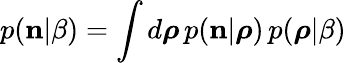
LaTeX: p({\mathbf n}|\beta)=\int d\boldsymbol{\rho}\, p({\mathbf n}|\boldsymbol{\rho})\, {p}(\boldsymbol{\rho}|\beta)